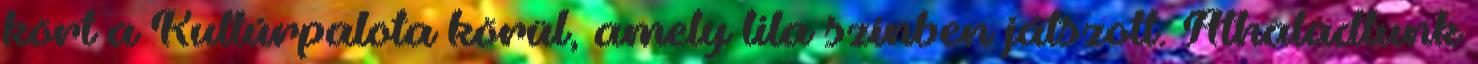
kört a Kultúrpalota körül, amely lila színben játszott. Áthaladtunk